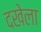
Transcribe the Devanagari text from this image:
दखेला